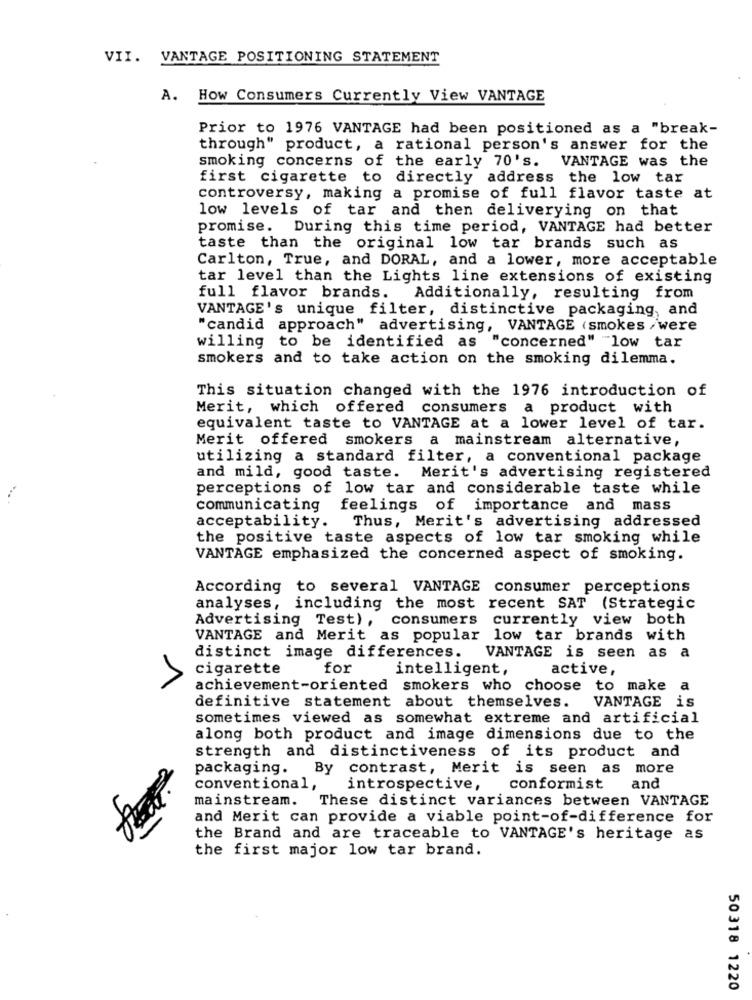
VII. VANTAGE POSITIONING STATEMENT
A. How Consumers Currently View VANTAGE
Prior to 1976 VANTAGE had been positioned as a "break-
through" product, a rational person's answer for the
smoking concerns of the early 70's. VANTAGE was the
first cigarette to directly address the low tar
controversy, making a promise of full flavor taste at
low levels of tar and then deliverying on that
promise. During this time period, VANTAGE had better
taste than the original low tar brands such as
Carlton, True, and DORAL, and a lower, more acceptable
tar level than the Lights line extensions of existing
full flavor brands. Additionally, resulting from
VANTAGE's unique filter, distinctive packaging, and
"candid approach" advertising, VANTAGE (smokes /were
willing to be identified as "concerned" low tar
smokers and to take action on the smoking dilemma.
This situation changed with the 1976 introduction of
Merit, which offered consumers a product with
equivalent taste to VANTAGE at a lower level of tar.
Merit offered smokers a mainstream alternative,
utilizing a standard filter, a conventional package
and mild, good taste. Merit's advertising registered
perceptions of low tar and considerable taste while
communicating
feelings of importance and mass
acceptability.
Thus, Merit's advertising addressed
the positive taste aspects of low tar smoking while
VANTAGE emphasized the concerned aspect of smoking.
According to several VANTAGE consumer perceptions
analyses, including the most recent SAT (Strategic
Advertising Test), consumers currently view both
VANTAGE and Merit as popular low tar brands with
distinct image differences.
VANTAGE is seen as a
cigarette
for
intelligent,
active,
1
achievement-oriented smokers who choose to make a
definitive statement about themselves.
VANTAGE is
sometimes viewed as somewhat extreme and artificial
along both product and image dimensions due to the
strength and distinctiveness of its product and
packaging. By contrast, Merit is seen as more
conventional,
introspective,
conformist
and
mainstream.
These distinct variances between VANTAGE
and Merit can provide a viable point-of-difference for
the Brand and are traceable to VANTAGE's heritage as
the first major low tar brand.
50318 1220